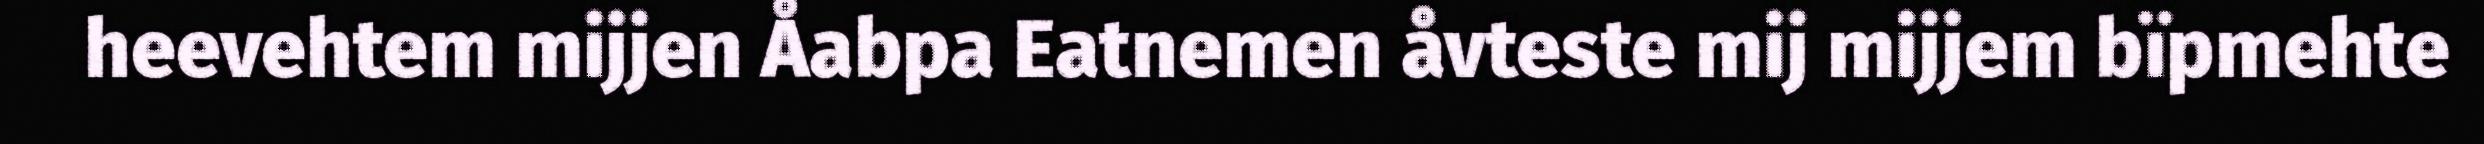
heevehtem mijjen Åabpa Eatnemen åvteste mij mijjem bïpmehte